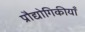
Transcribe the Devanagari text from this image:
प्रौद्योगिकीयाँ